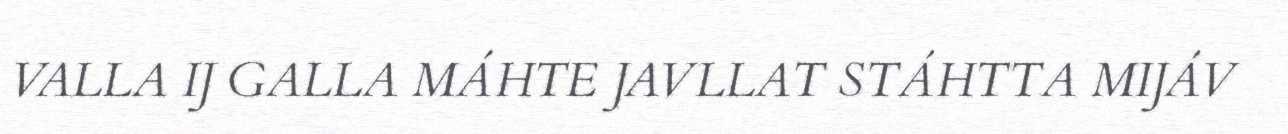
VALLA IJ GALLA MÁHTE JAVLLAT STÁHTTA MIJÁV